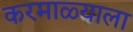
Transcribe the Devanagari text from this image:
करमाळ्याला